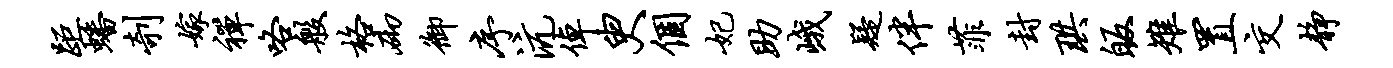
距蟠剞嫁禅咯般格砌御序沆倬臾个妃助峨疑伴菲封珙皈雉置交静